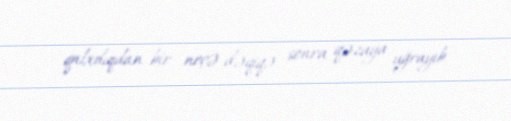
qalxdıqdan bir neçə dəqiqə sonra qəzaya uğrayıb.